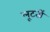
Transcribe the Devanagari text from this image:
लूटतीं